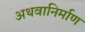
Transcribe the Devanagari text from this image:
अथवानिर्माण